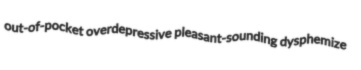
out-of-pocket overdepressive pleasant-sounding dysphemize